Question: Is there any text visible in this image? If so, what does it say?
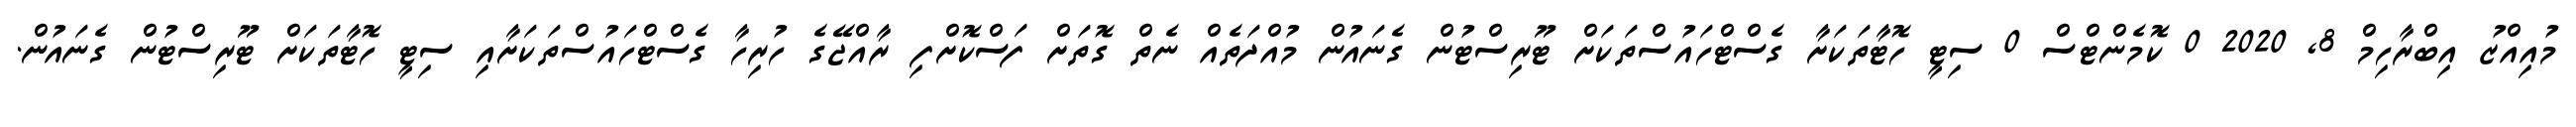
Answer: މުއިއްޒު އިބްރާހިމް 8, 2020 0 ކޮމެންޓްސް 0 ސިޓީ ހޮޓާތަކަށާ ގެސްޓްހައުސްތަކަށް ޓޫރިސްޓުން ގެނައުން މުއްދަތެއް ނެތް ގޮތަށް ފަސްކޮށްފި ރާއްޖޭގެ ހުރިހާ ގެސްޓްހައުސްތަކަށާއި ސިޓީ ހޮޓާތަކަށް ޓޫރިސްޓުން ގެނައުން.